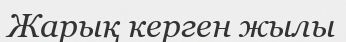
Жарық керген жылы